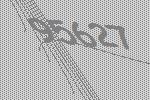
95627